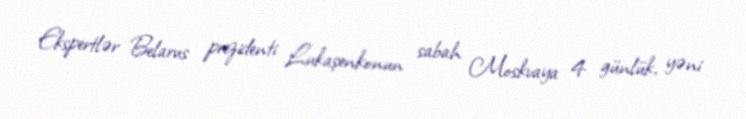
Ekspertlər Belarus prezidenti Lukaşenkonun sabah Moskvaya 4 günlük, yəni